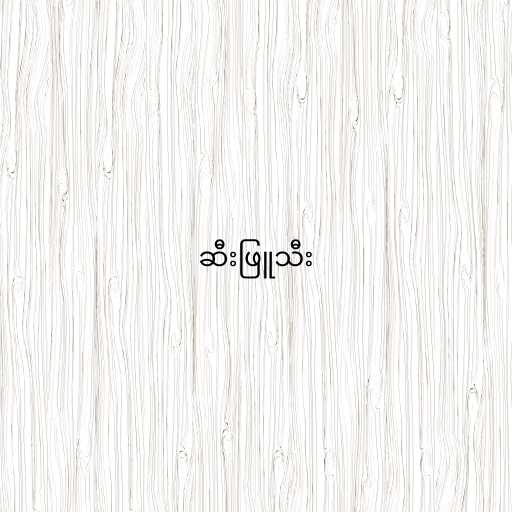
ဆီးဖြူသီး